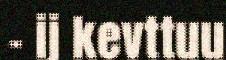
– ij kevttuu